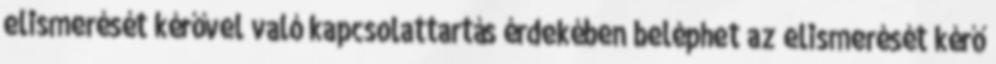
elismerését kérővel való kapcsolattartás érdekében beléphet az elismerését kérő